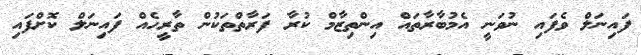
ފައިނަލް ވެފައި ނުވަނީ އެމުބާރާތައް އިންތިޒާމް ކުރާ ފަރާތްތަކުން ތާރީހެއް ފައިނަލް ކޮށްފައި